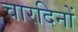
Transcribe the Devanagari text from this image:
चारदिनों